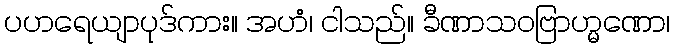
ပဟရေယျာပုဒ်ကား။ အဟံ၊ ငါသည်။ ခီဏာသဝဗြာဟ္မဏော၊